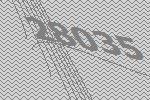
28035